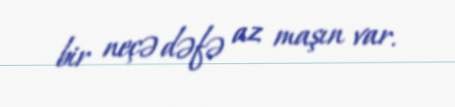
bir neçə dəfə az maşın var.